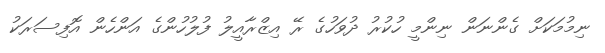
ނިމުމަކަށް ގެންނަން ނިންމީ ހުކުރު ދުވަހުގެ ރޭ އިޒްރާއީލު ފުލުހުންގެ އަންހެން އޮފިސަރަކު